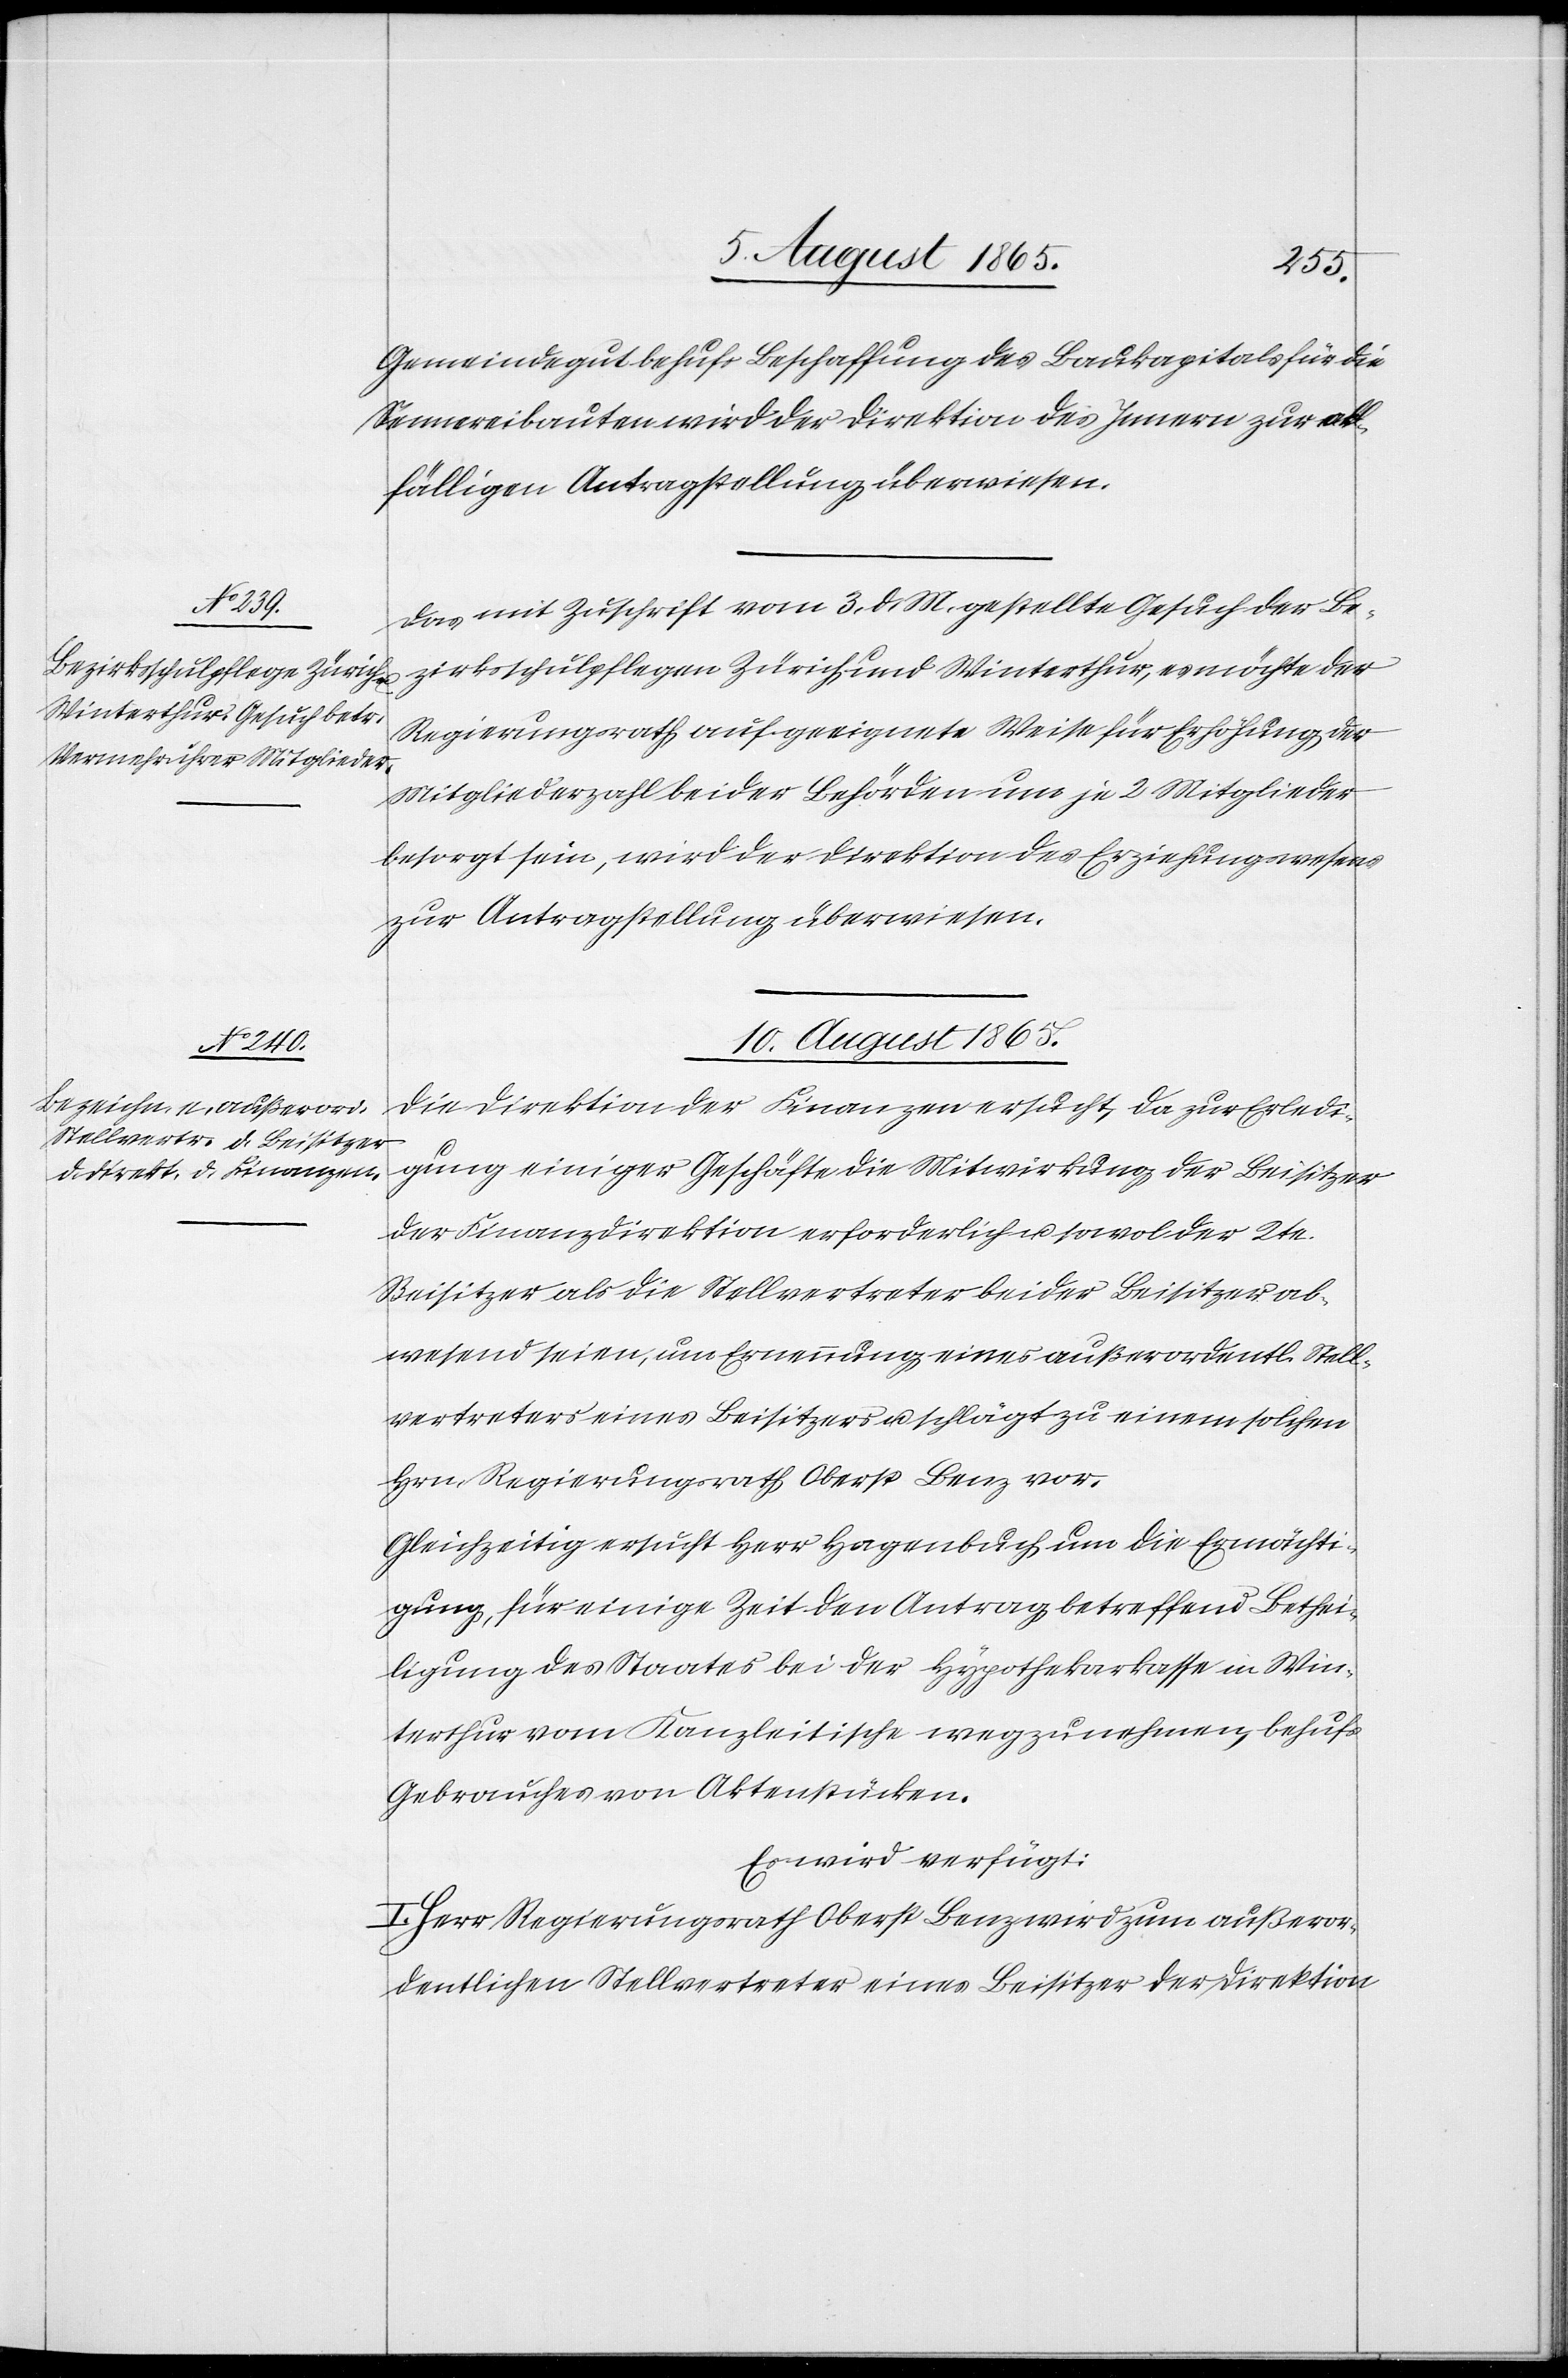
Gemeindegut behufs Beschaffung des Baukapitals für die
Sennereibauten wird der Direktion des Innern zur all¬
fälligen Antragstellung überwiesen.
Das mit Zuschrift vom 3. d. M. gestellte Gesuch der Be¬
zirksschulpflegen Zürich und Winterthur, es möchte der
Regierungsrath auf geeignete Weise für Erhöhung der
Mitgliederzahl beider Behörden um je 2 Mitglieder
besorgt sein, wird der Direktion des Erziehungswesens
zur Antragstellung überwiesen.
10. August 1865.
Die Direktion der Finanzen ersucht, da zur Erledi¬
gung einiger Geschäfte die Mitwirkung der Beisitzer
der Finanzdirektion erforderlich u. sowol der 2te.
Beisitzer als die Stellvertreter beider Beisitzer ab¬
wesend seien, um Ernennung eines außerordentl. Stell¬
vertreters eines Beisitzers u. schlägt zu einem solchen
Hrn. Regierungsrath Oberst Benz vor.
Gleichzeitig ersucht Herr Hagenbuch um die Ermächti¬
gung, für einige Zeit den Antrag betreffend Bethei¬
ligung des Staates bei der Hypothekarkasse in Win¬
terthur vom Kanzleitische wegzunehmen, behufs
Gebrauches von Aktenstücken.
Es wird verfügt:
I. Herr Regierungsrath Oberst Benz wird zum außeror¬
dentlichen Stellvertreter eines Beisitzer der Direktion